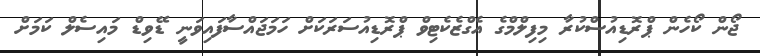
ޖޯން ކޯހެން ޕްރޮޑިއުސްކުރާ މިފިލްމްގެ އެގްޒެކެޓިވް ޕްރޮޑިއުސަރަކަށް ހަމަޖައްސާފައިވަނީ ޑޭވިޑް މައިސެލް ކަމަށް